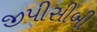
જીપીસીબી